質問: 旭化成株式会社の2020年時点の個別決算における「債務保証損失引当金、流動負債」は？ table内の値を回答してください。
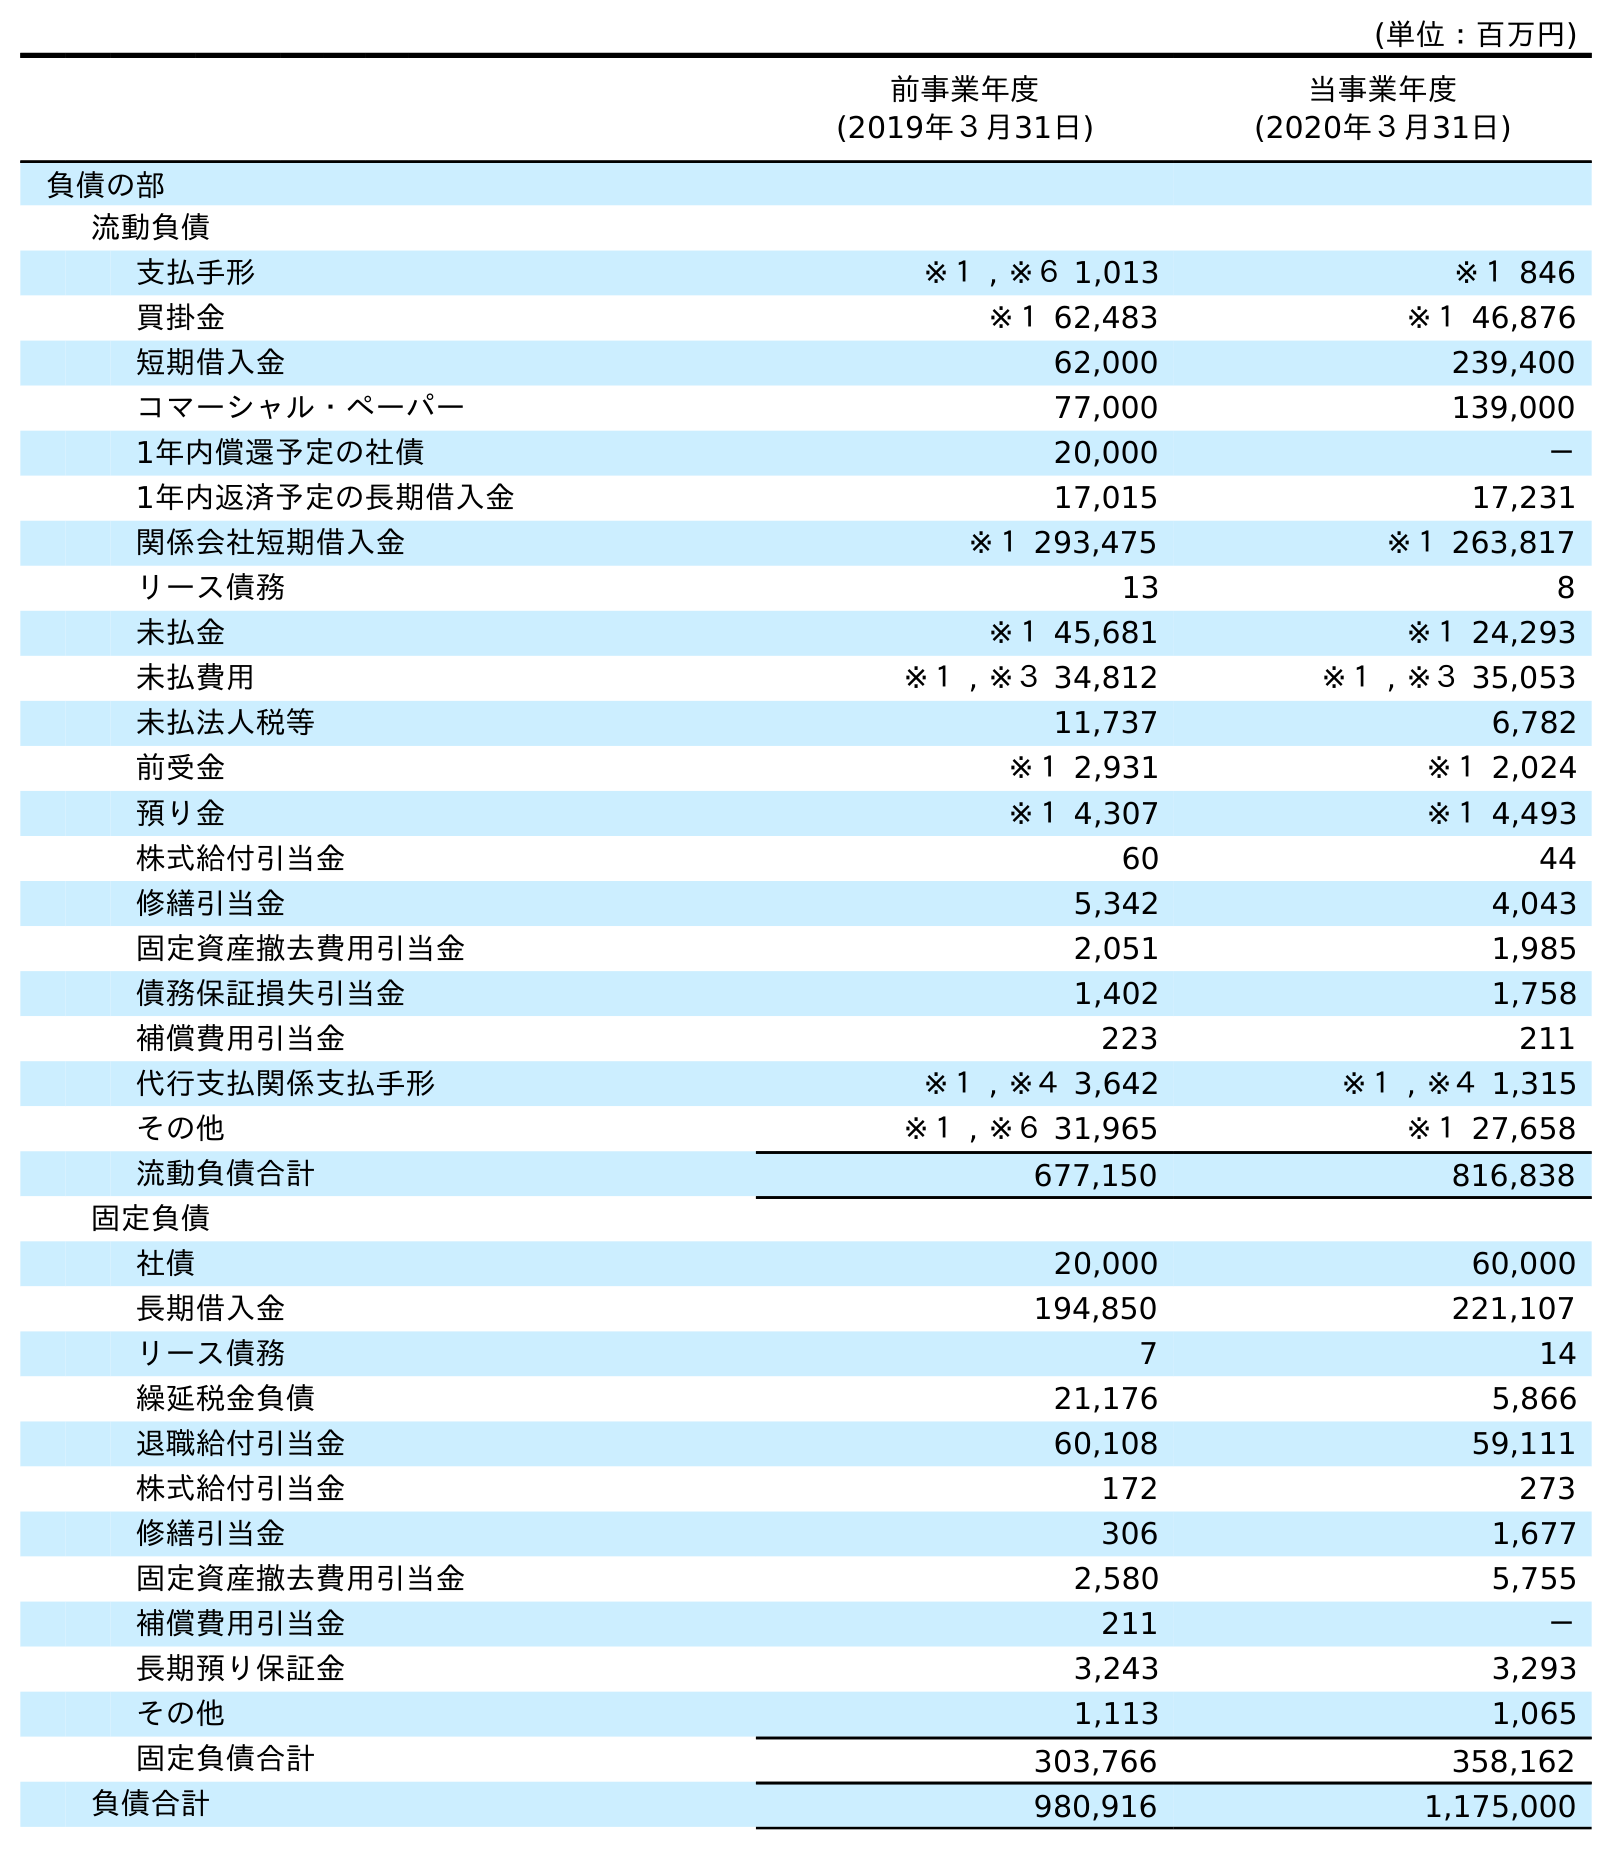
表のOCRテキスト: (単位：百万円) 前事業年度 (2019年３月31日) 当事業年度 (2020年３月31日) 負債の部 流動負債 支払手形 ※１ , ※６ 1,013 ※１ 846 買掛金 ※１ 62,483 ※１ 46,876 短期借入金 62,000 239,400 コマーシャル・ペーパー 77,000 139,000 1年内償還予定の社債 20,000 － 1年内返済予定の長期借入金 17,015 17,231 関係会社短期借入金 ※１ 293,475 ※１ 263,817 リース債務 13 8 未払金 ※１ 45,681 ※１ 24,293 未払費用 ※１ , ※３ 34,812 ※１ , ※３ 35,053 未払法人税等 11,737 6,782 前受金 ※１ 2,931 ※１ 2,024 預り金 ※１ 4,307 ※１ 4,493 株式給付引当金 60 44 修繕引当金 5,342 4,043 固定資産撤去費用引当金 2,051 1,985 債務保証損失引当金 1,402 1,758 補償費用引当金 223 211 代行支払関係支払手形 ※１ , ※４ 3,642 ※１ , ※４ 1,315 その他 ※１ , ※６ 31,965 ※１ 27,658 流動負債合計 677,150 816,838 固定負債 社債 20,000 60,000 長期借入金 194,850 221,107 リース債務 7 14 繰延税金負債 21,176 5,866 退職給付引当金 60,108 59,111 株式給付引当金 172 273 修繕引当金 306 1,677 固定資産撤去費用引当金 2,580 5,755 補償費用引当金 211 － 長期預り保証金 3,243 3,293 その他 1,113 1,065 固定負債合計 303,766 358,162 負債合計 980,916 1,175,000
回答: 1,758